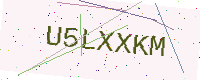
Text: U5LXXKM